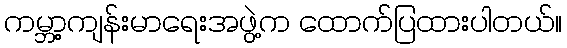
ကမ္ဘာ့ကျန်းမာရေးအဖွဲ့က ထောက်ပြထားပါတယ်။